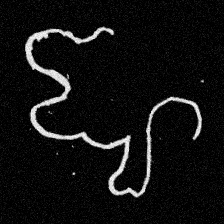
Pyu character \u2014 Myanmar letter: ဈ (romanized: jha)